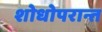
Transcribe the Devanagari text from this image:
शोधोपरान्त